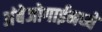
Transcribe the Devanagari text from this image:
अंबेजोगाईमध्ये